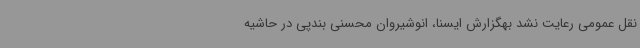
نقل عمومی رعایت نشد بهگزارش ایسنا، انوشیروان محسنی بندپی در حاشیه